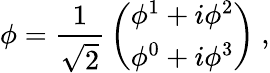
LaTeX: \phi={\frac{1}{\sqrt{2}}}\left({\begin{array}{c}{\phi^{1}+i\phi^{2}}\\ {\phi^{0}+i\phi^{3}}\end{array}}\right)\ ,